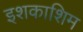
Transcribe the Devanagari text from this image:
इशकाशिम